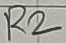
Text: R2